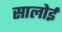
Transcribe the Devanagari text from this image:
सालोई